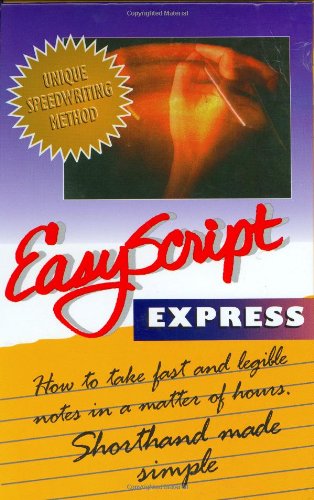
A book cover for EasyScript Express: Learn To Take Fast Notes in a Matter of Hours; Leonard Levin; Business & Money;